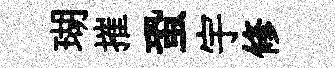
瑚摧蛩宇修